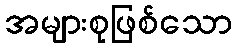
အများစုဖြစ်သော